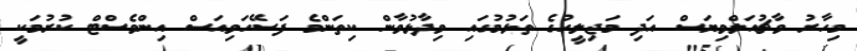
މިހާރު ވާޗުއަލްވިޔަސް އަދި މަޖިލީހުގެ ތަޅުމުގައި ވިދާޅުވާން ކިތަންމެ ފަސޭހަވިއަސް އިންވެސްޓް ކުރުމަކީ